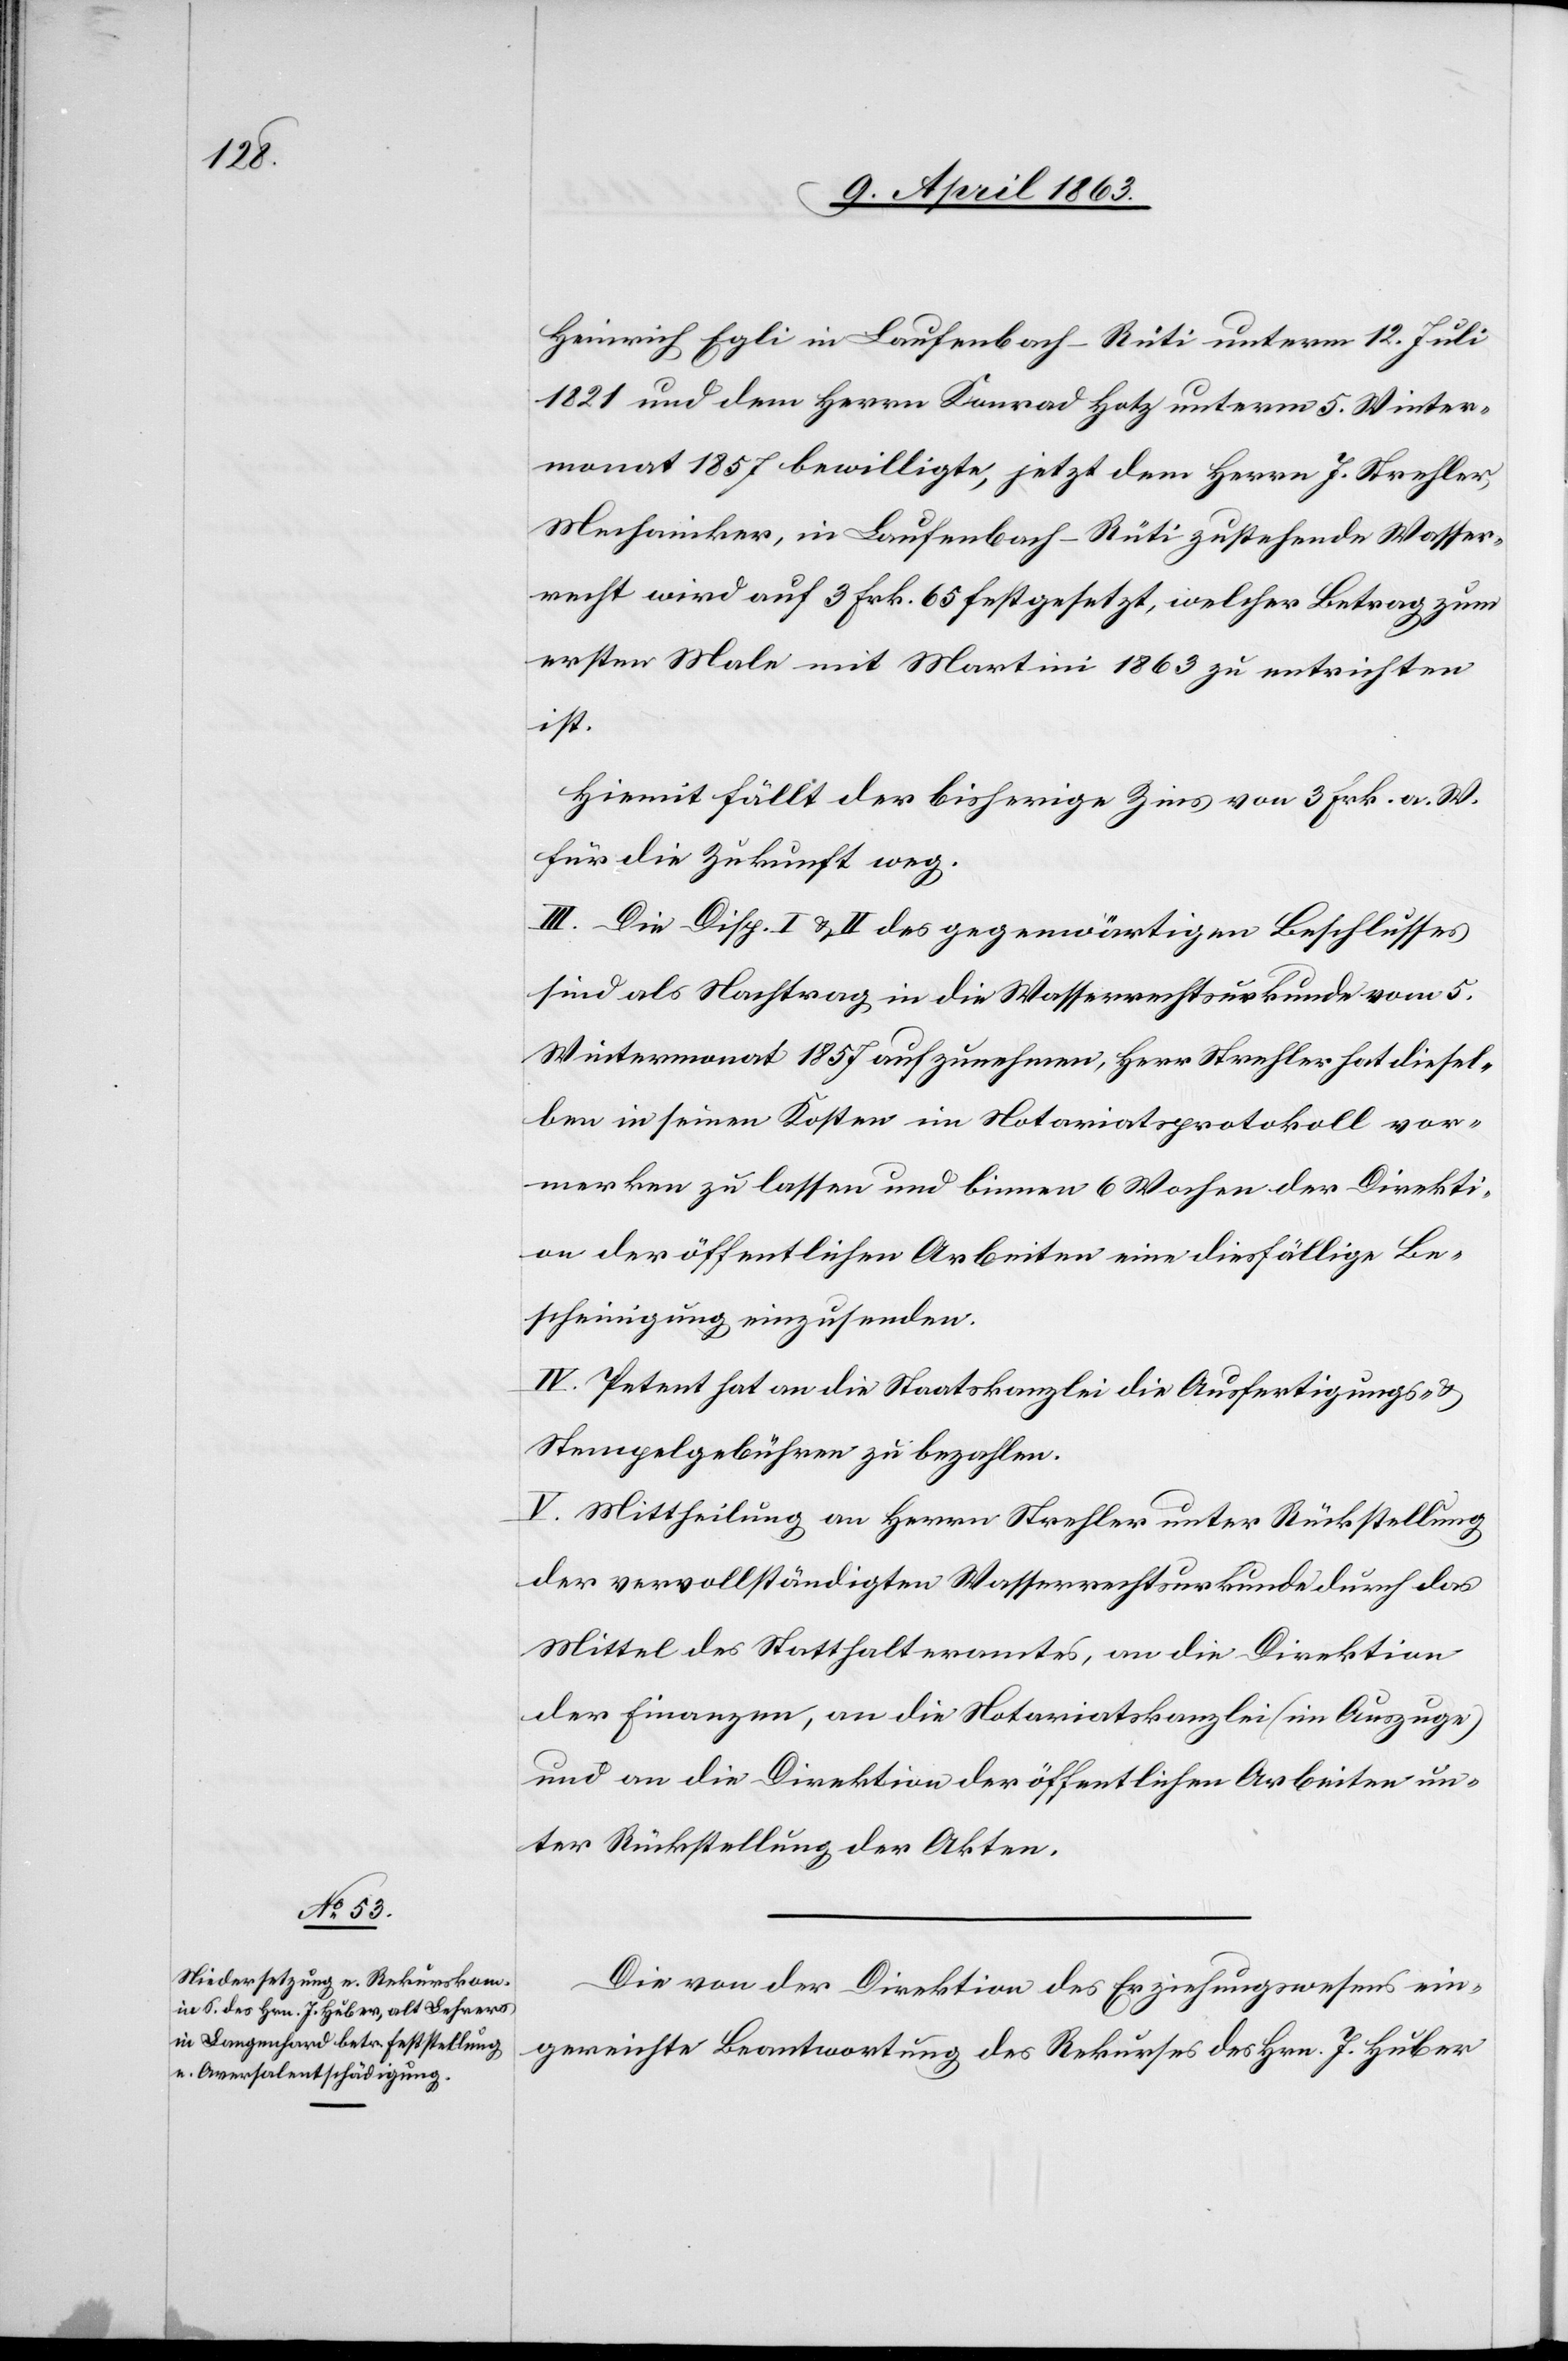
Heinrich Egli in Laufenbach – Rüti unterm 12. Juli
1821 und dem Herrn Konrad Hotz unterm 5. Winter¬
monat 1857 bewilligte, jetzt dem Herrn J. Strehler,
Mechaniker, in Laufenbach – Rüti zustehende Wasser¬
recht wird auf 3 Frk. 65 festgesetzt, welcher Betrag zum
ersten Male mit Martini 1863 zu entrichten
ist.
Hiemit fällt der bisherige Zins von 3 Frk. a. W.
für die Zukunft weg.
III. Die Disp. I & II des gegenwärtigen Beschlusses
sind als Nachtrag in die Wasserrechtsurkunde vom 5.
Wintermonat 1857 aufzunehmen, Herr Strehler hat diesel¬
ben in seinen Kosten im Notariatsprotokoll vor¬
merken zu lassen und binnen 6 Wochen der Direkti¬
on der öffentlichen Arbeiten eine diesfällige Be¬
scheinigung einzusenden.
IV. Petent hat an die Staatskanzlei die Ausfertigungs-
Stempelgebühren zu bezahlen.
V. Mittheilung an Herrn Strehler unter Rückstellung
der vervollständigten Wasserrechtsurkunde durch das
Mittel des Statthalteramtes, an die Direktion
der Finanzen, an die Notariatskanzlei (im Auszuge)
und an die Direktion der öffentlichen Arbeiten un¬
ter Rückstellung der Akten.
Die von der Direktion des Erziehungswesens ein¬
gereichte Beantwortung des Rekurses des Hrn. J. Huber